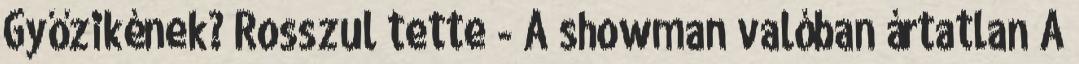
Győzikének? Rosszul tette - A showman valóban ártatlan A